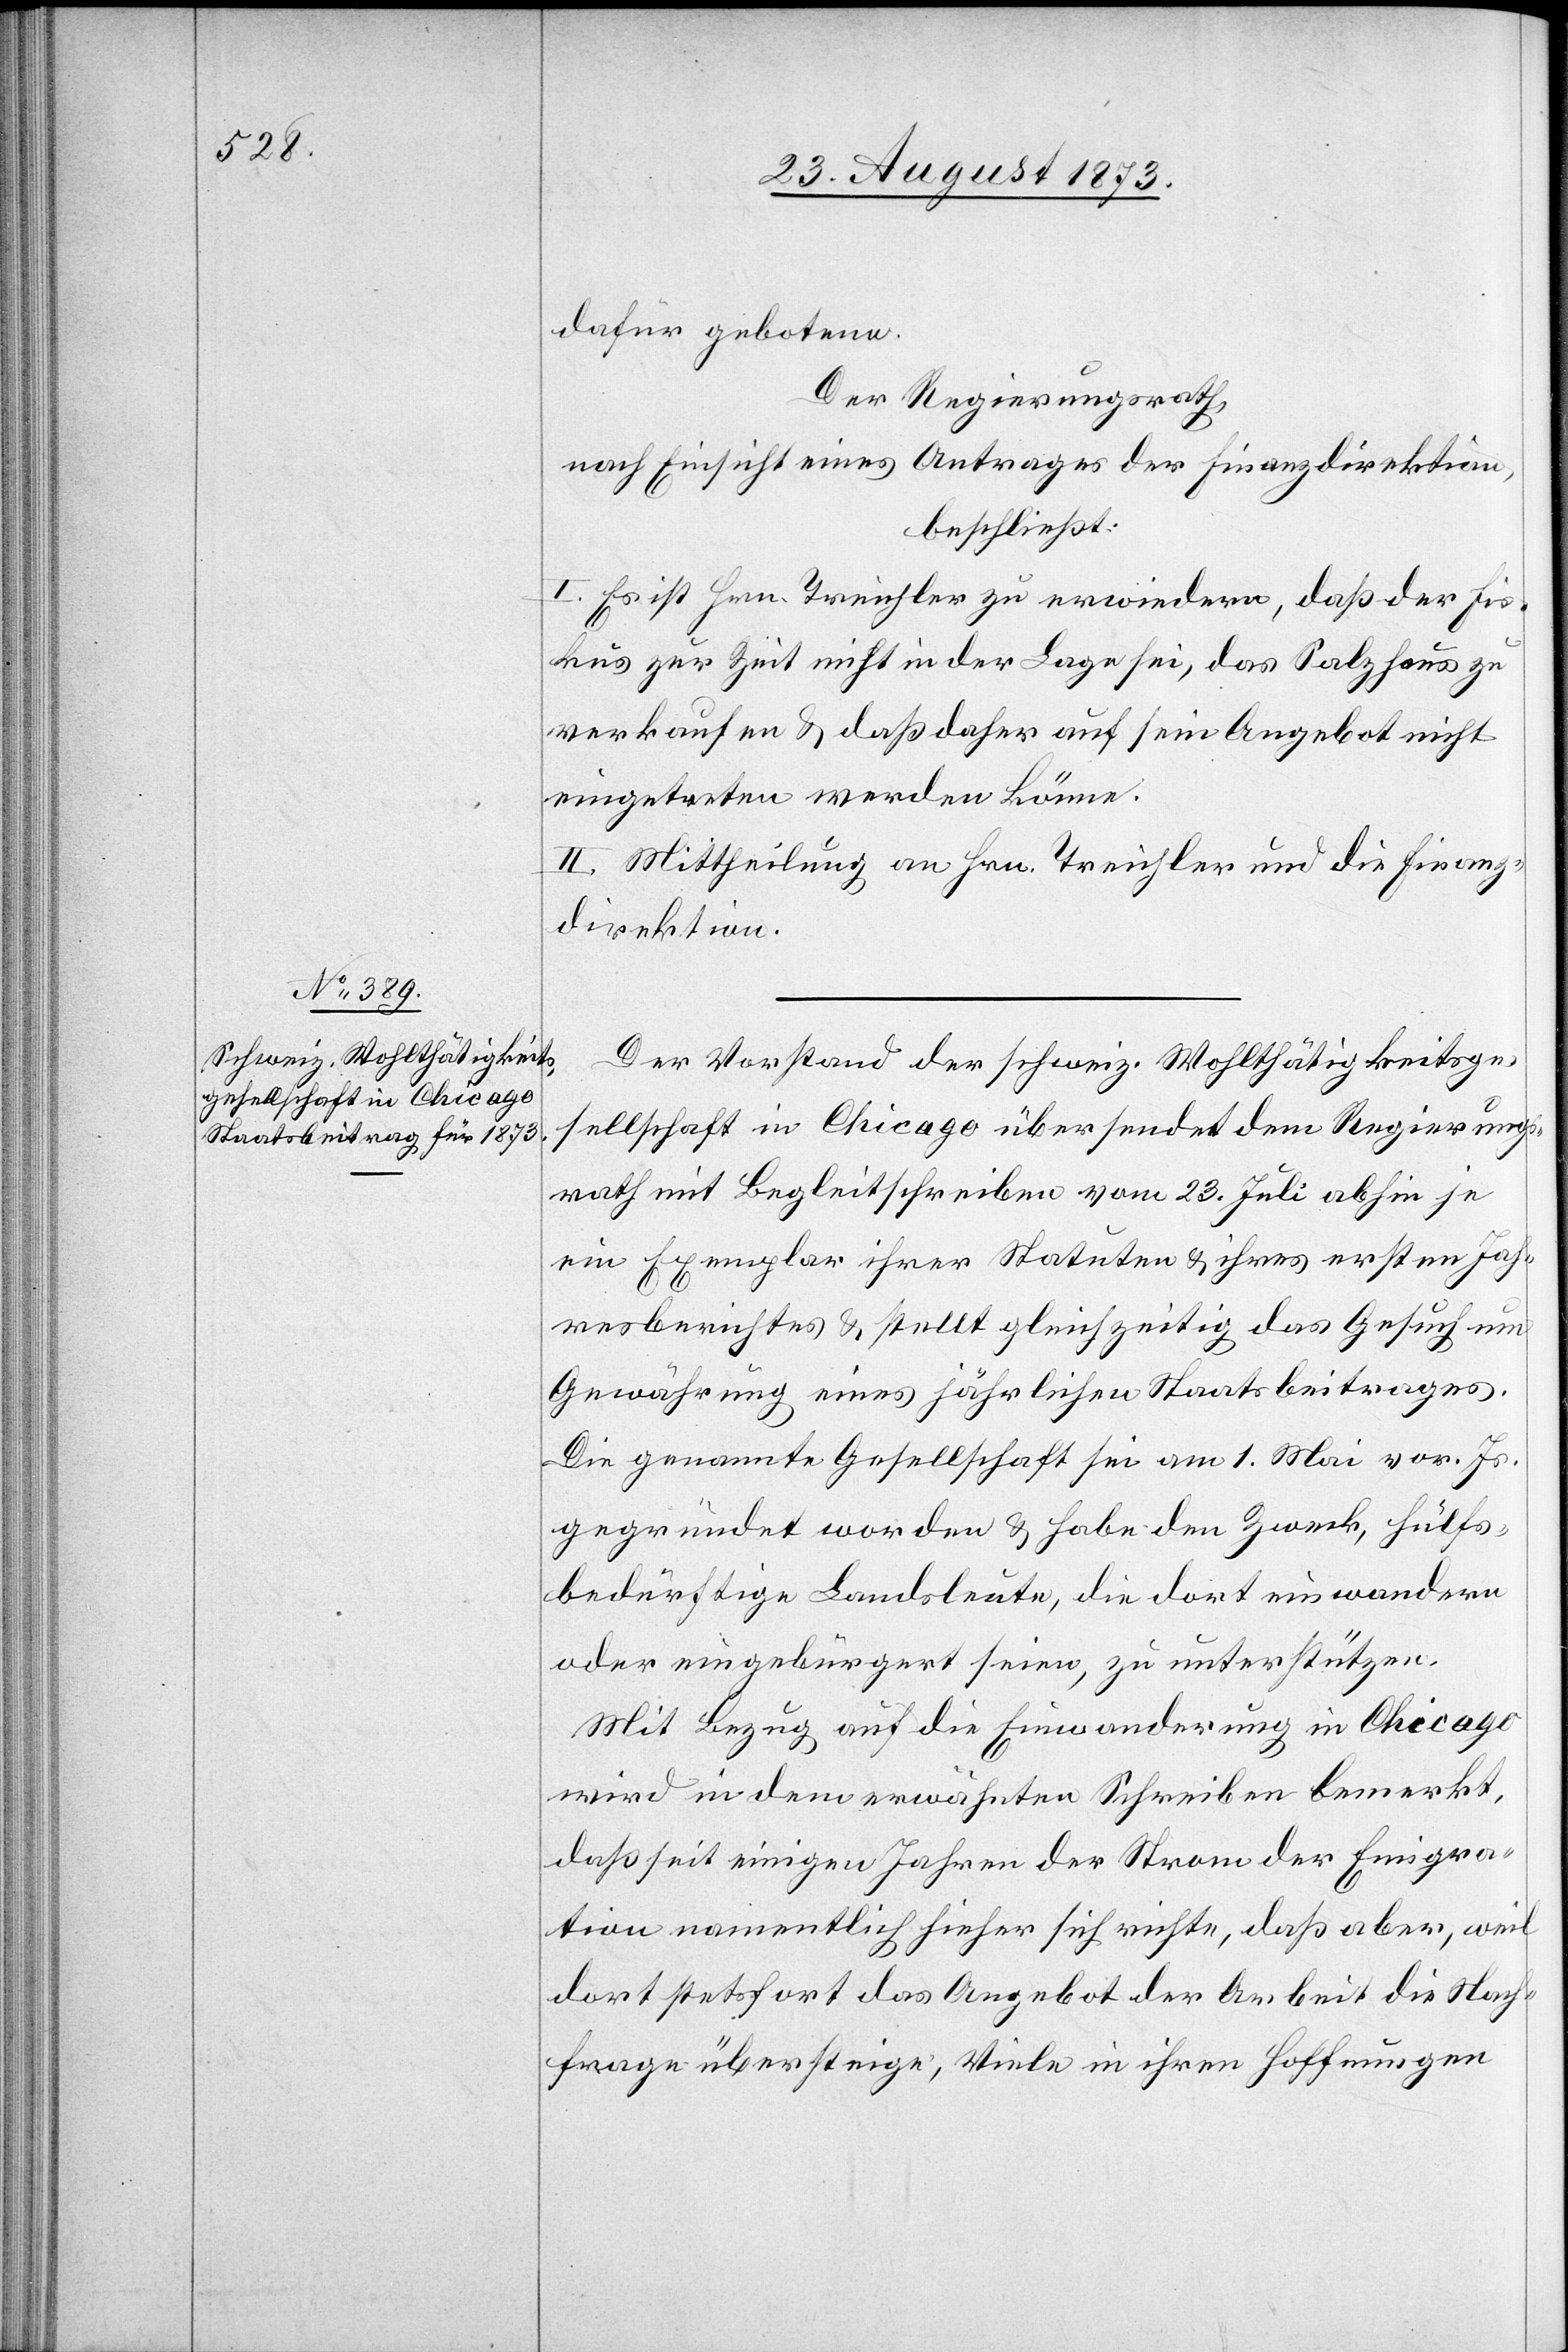
dafür gebotene.
Der Regierungsrath,
nach Einsicht eines Antrages der Finanzdirektion,
beschließt:
I. Es ist Hrn. Treichler zu erwiedern, daß der Fis¬
kus zur Zeit nicht in der Lage sei, das Salzhaus zu
verkaufen & daß daher auf sein Angebot nicht
eingetreten werden könne.
II Mittheilung an Hrn. Treichler und die Finanz¬
direktion.
Der Vorstand der schweiz. Wohlthätigkeitsge¬
sellschaft in Chicago übersendet dem Regierungs¬
rath mit Begleitschreiben vom 23. Juli abhin je
ein Exemplar ihrer Statuten & ihres ersten Jah¬
resberichtes & stellt gleichzeitig das Gesuch um
Gewährung eines jährlichen Staatsbeitrages.
Die genannte Gesellschaft sei am 1. Mai vor. Js.
gegründet worden & habe den Zweck, hülfs¬
bedürftige Landsleute, die dort einwandern
oder eingebürgert seien, zu unterstützen.
Mit Bezug auf die Einwanderung in Chicago
wird in dem erwähnten Schreiben bemerkt,
daß seit einigen Jahren der Strom der Emigra¬
tion namentlich hieher sich richte, daß aber, weil
dort stetsfort das Angebot der Arbeit die Nach¬
frage übersteige, Viele in ihren Hoffnungen